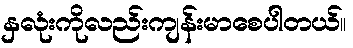
နှလုံးကိုလည်းကျန်းမာစေပါတယ်။